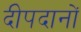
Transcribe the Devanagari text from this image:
दीपदानों